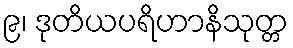
၉၊ ဒုတိယပရိဟာနိသုတ္တ